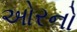
ઓરનો